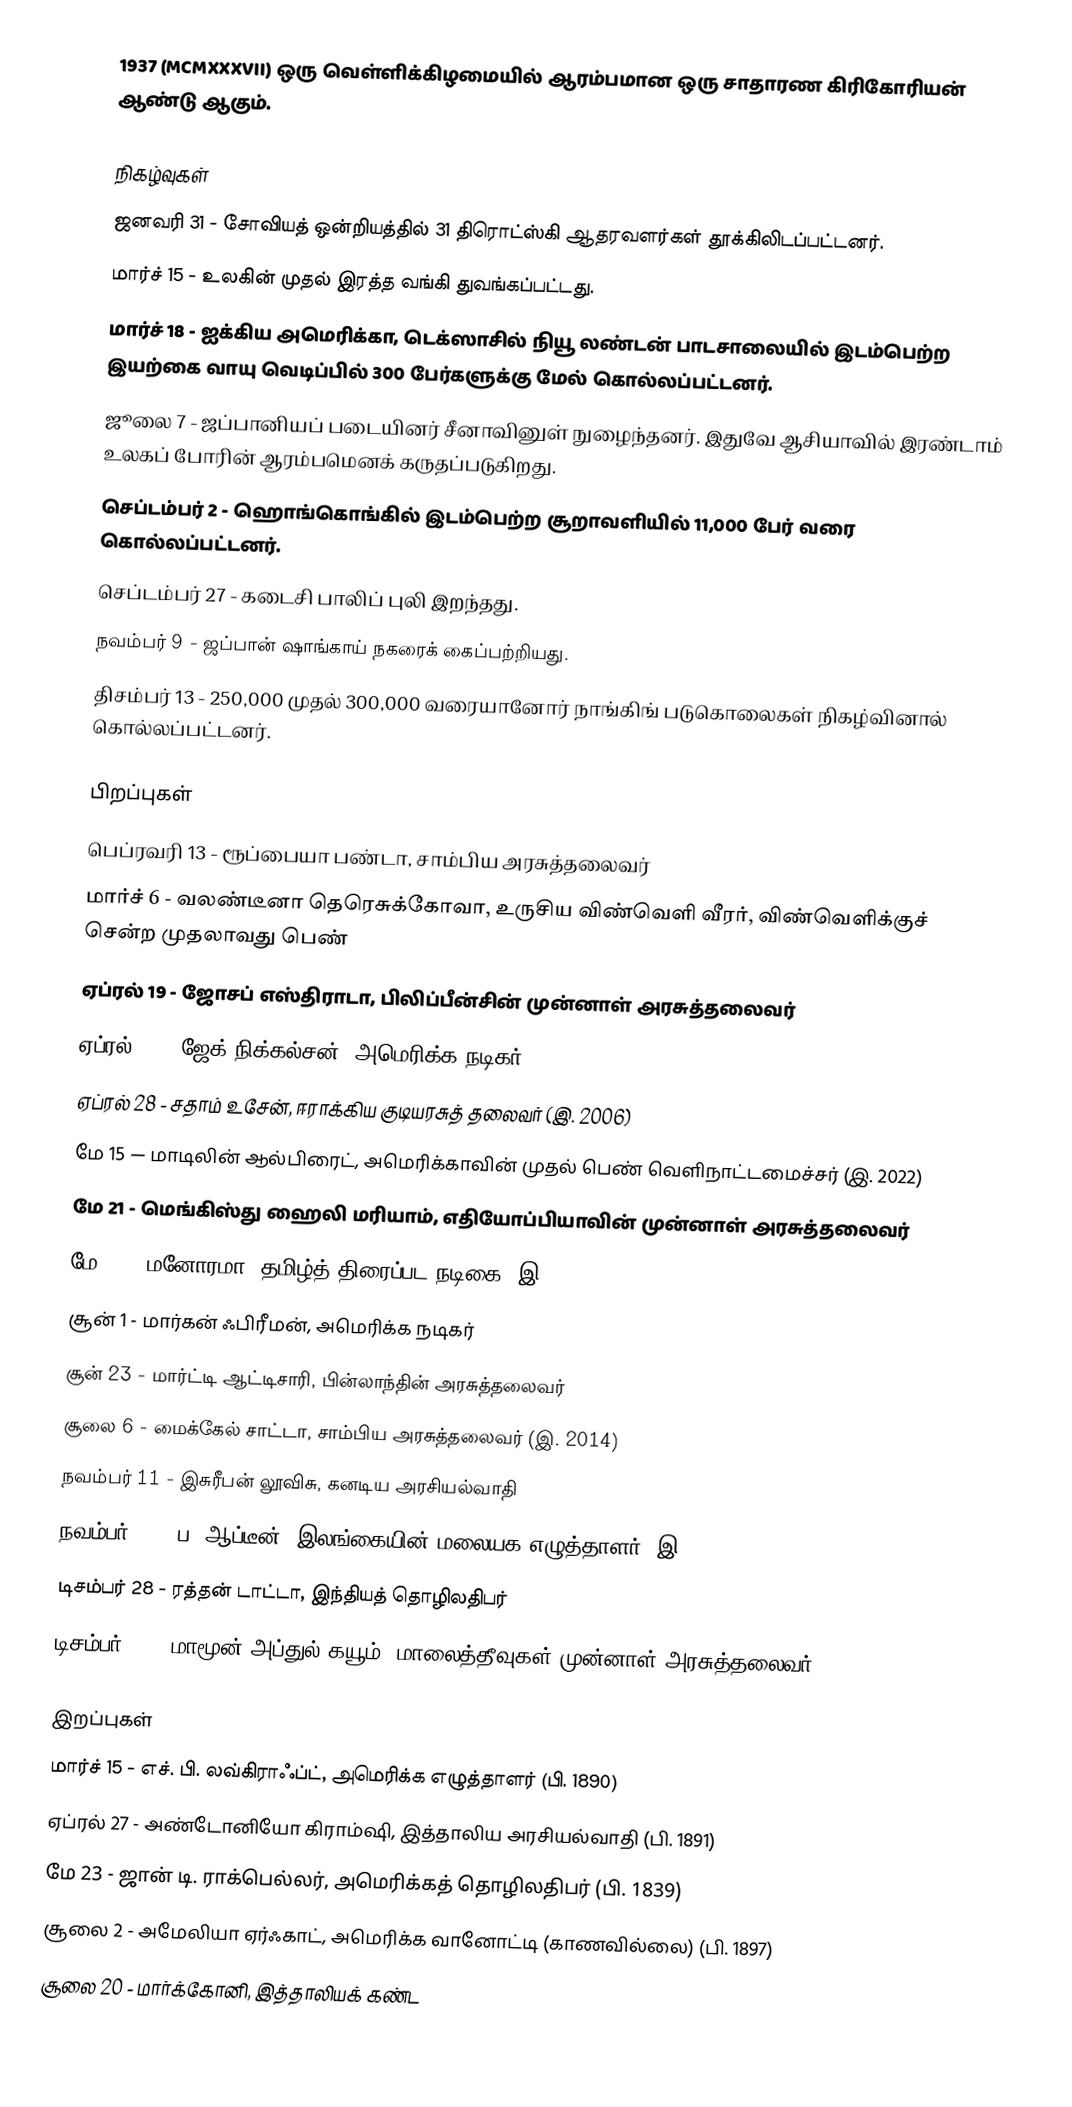
1937  (MCMXXXVII) ஒரு வெள்ளிக்கிழமையில் ஆரம்பமான ஒரு சாதாரண கிரிகோரியன் ஆண்டு ஆகும்.

நிகழ்வுகள்
 ஜனவரி 31 - சோவியத் ஒன்றியத்தில் 31 திரொட்ஸ்கி ஆதரவளர்கள் தூக்கிலிடப்பட்டனர்.
 மார்ச் 15 - உலகின் முதல் இரத்த வங்கி துவங்கப்பட்டது.
 மார்ச் 18 - ஐக்கிய அமெரிக்கா, டெக்ஸாசில் நியூ லண்டன் பாடசாலையில் இடம்பெற்ற இயற்கை வாயு வெடிப்பில் 300 பேர்களுக்கு மேல் கொல்லப்பட்டனர்.
 ஜூலை 7 - ஜப்பானியப் படையினர் சீனாவினுள் நுழைந்தனர். இதுவே ஆசியாவில் இரண்டாம் உலகப் போரின் ஆரம்பமெனக் கருதப்படுகிறது.
 செப்டம்பர் 2 - ஹொங்கொங்கில் இடம்பெற்ற சூறாவளியில் 11,000 பேர் வரை கொல்லப்பட்டனர்.
 செப்டம்பர் 27 - கடைசி பாலிப் புலி இறந்தது.
 நவம்பர் 9 - ஜப்பான் ஷாங்காய் நகரைக் கைப்பற்றியது.
 திசம்பர் 13 - 250,000 முதல் 300,000 வரையானோர் நாங்கிங் படுகொலைகள் நிகழ்வினால் கொல்லப்பட்டனர்.

பிறப்புகள்
 பெப்ரவரி 13 - ரூப்பையா பண்டா, சாம்பிய அரசுத்தலைவர்
 மார்ச் 6 - வலண்டீனா தெரெசுக்கோவா, உருசிய விண்வெளி வீரர், விண்வெளிக்குச் சென்ற முதலாவது பெண்
 ஏப்ரல் 19 - ஜோசப் எஸ்திராடா, பிலிப்பீன்சின் முன்னாள் அரசுத்தலைவர்
 ஏப்ரல் 22 - ஜேக் நிக்கல்சன், அமெரிக்க நடிகர்
 ஏப்ரல் 28 - சதாம் உசேன், ஈராக்கிய குடியரசுத் தலைவர் (இ. 2006)
 மே 15 — மாடிலின் ஆல்பிரைட், அமெரிக்காவின் முதல் பெண் வெளிநாட்டமைச்சர் (இ. 2022)
 மே 21 - மெங்கிஸ்து ஹைலி மரியாம், எதியோப்பியாவின் முன்னாள் அரசுத்தலைவர்
 மே 26 - மனோரமா, தமிழ்த் திரைப்பட நடிகை (இ. 2015)
 சூன் 1 - மார்கன் ஃபிரீமன், அமெரிக்க நடிகர்
 சூன் 23 - மார்ட்டி ஆட்டிசாரி, பின்லாந்தின் அரசுத்தலைவர்
 சூலை 6 - மைக்கேல் சாட்டா, சாம்பிய அரசுத்தலைவர் (இ. 2014)
 நவம்பர் 11 - இசுரீபன் லூவிசு, கனடிய அரசியல்வாதி
 நவம்பர் 11 - ப. ஆப்டீன், இலங்கையின் மலையக எழுத்தாளர் (இ. 2015)
 டிசம்பர் 28 - ரத்தன் டாட்டா, இந்தியத் தொழிலதிபர்
 டிசம்பர் 29 - மாமூன் அப்துல் கயூம், மாலைத்தீவுகள் முன்னாள் அரசுத்தலைவர்

இறப்புகள்
மார்ச் 15 - எச். பி. லவ்கிராஃப்ட், அமெரிக்க எழுத்தாளர் (பி. 1890)
ஏப்ரல் 27 - அண்டோனியோ கிராம்ஷி, இத்தாலிய அரசியல்வாதி (பி. 1891)
மே 23 - ஜான் டி. ராக்பெல்லர், அமெரிக்கத் தொழிலதிபர் (பி. 1839)
சூலை 2 - அமேலியா ஏர்ஃகாட், அமெரிக்க வானோட்டி (காணவில்லை) (பி. 1897)
சூலை 20 - மார்க்கோனி, இத்தாலியக் கண்ட